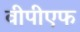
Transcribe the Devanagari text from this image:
वीपीएफ